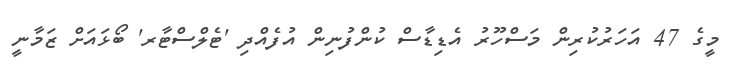
މީގެ 47 އަހަރުކުރިން މަސްހޫރު އެޑިޑާސް ކުންފުނިން އުފެއްދި 'ޓެލްސްޓާރ' ބޯޅައަށް ޒަމާނީ